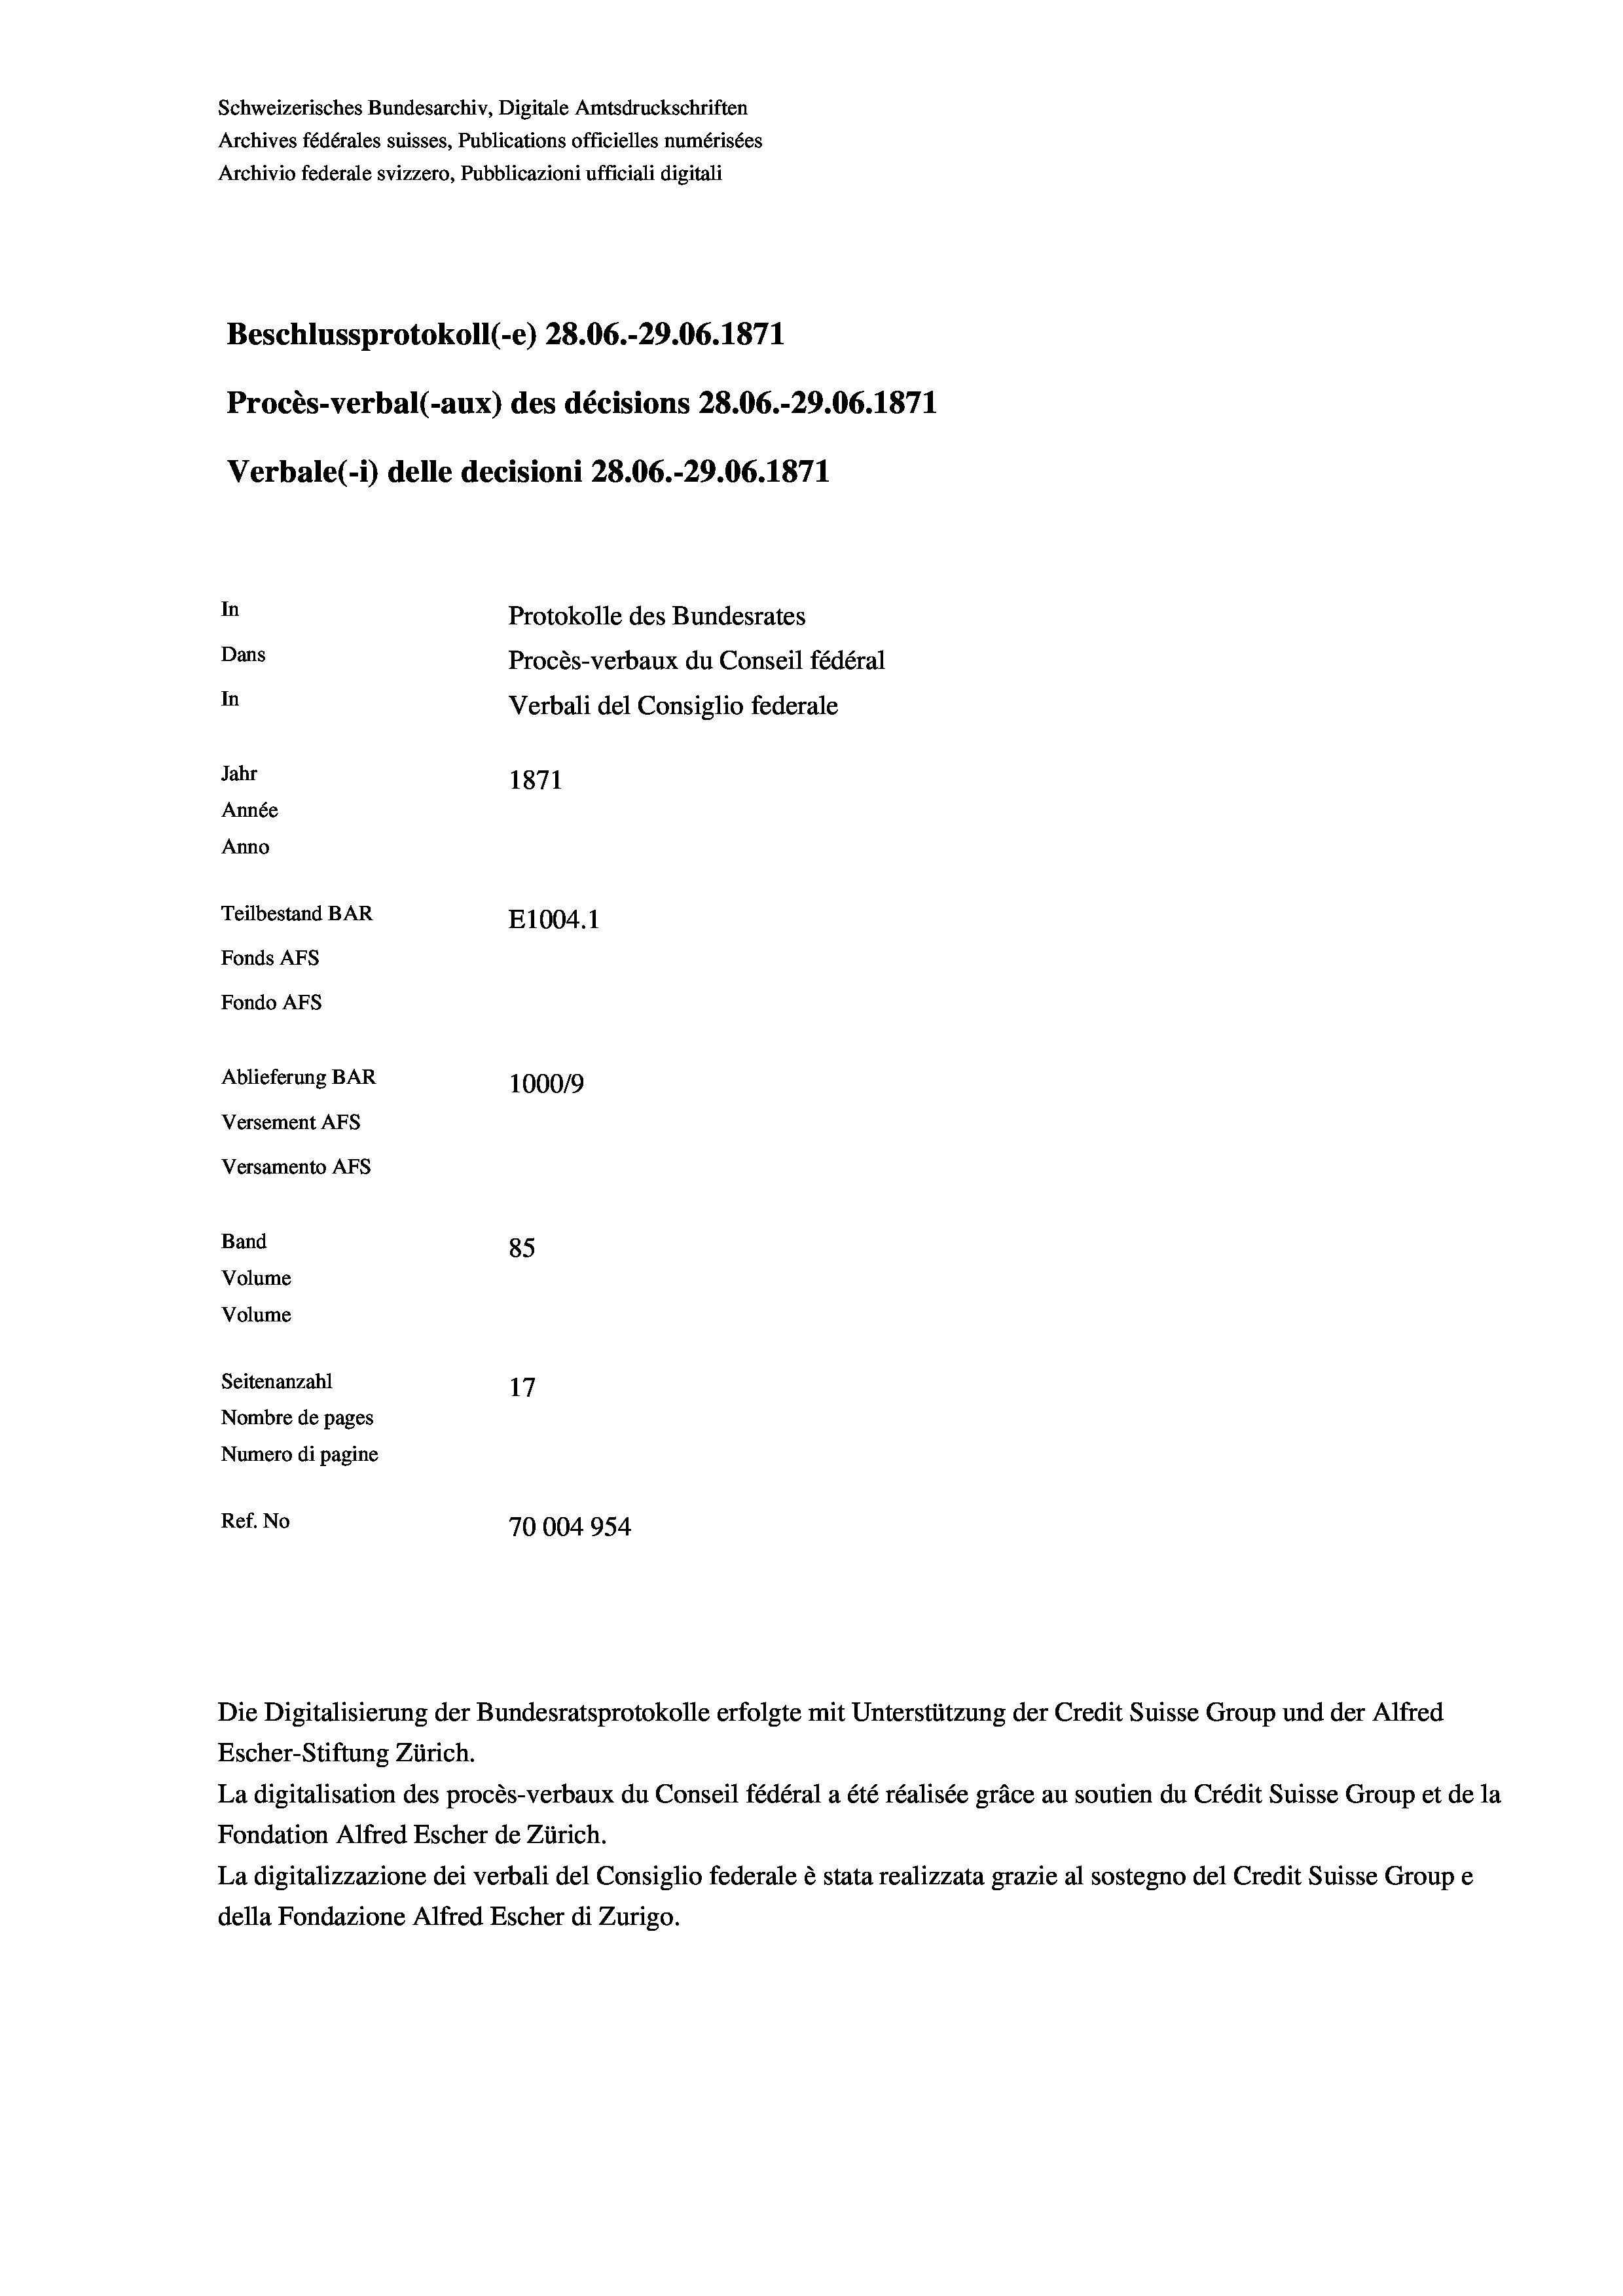
Schweizerisches Bundesarchiv, Digitale Amtsdruckschriften
Archives fédérales suisses, Publications officielles numérisées
Archivio federale svizzero, Pubblicazioni ufficiali digitali
Beschlussprotokoll (-e) 28.06.-29.06. 1871
Procès-verbal (-aux) des décisions 28.06.-29.06. 1871
Verbale (i) delle decisioni 28.06.-29.06. 1871
In
Protokolle des Bundesrates
Dans
Procès-verbaux du Conseil fédéral
In
Verbali del Consiglio federale
Jahr
1871
Année
Anno
Teilbestand BAR
E1004. 1
Fonds Afs
Fondo Afs
Ablieferung BAR
100019
Versement AFs
Versamento AFs
Band
85
Volume
Volume
Seitenanzahl
17
Nombre de pages
Numero di pagine
Ref. No
70004954

Escher-Stiftung Zürich.
La digitalisation des procès-verbaux du Conseil fédéral a été réalisée gräce au soutien du Crédit Suisse Group et de la
Fondation Alfred Escher de Zürich.
La digitalizzazione dei verbali del Consiglio federale è stata realizzata grazie al sostegno del Credit Suisse Groupe
della Fondazione Alfred Escher di Zurigo.

Die Digitalisierung der Bundesratsprotokolle erfolgte mit Unterstützung der Credit Suisse Group und der Alfred